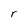
Character: r